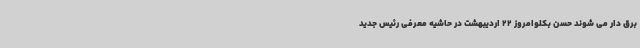
برق دار می شوند حسن بکلوامروز 22 اردیبهشت در حاشیه معرفی رئیس جدید